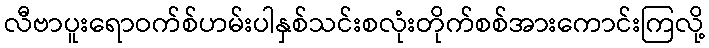
လီဗာပူးရောဝက်စ်ဟမ်းပါနှစ်သင်းစလုံးတိုက်စစ်အားကောင်းကြလို့